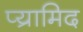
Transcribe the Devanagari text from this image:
प्य्रामिद